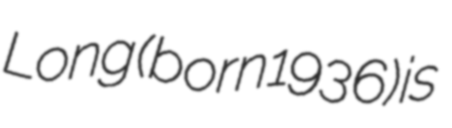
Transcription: Long (born 1936) is